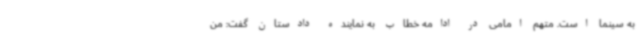
به سینما است. متهم امامی در ادامه خطاب به نماینده دادستان گفت: من